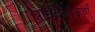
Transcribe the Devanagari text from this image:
आकंदलिकाएँ